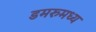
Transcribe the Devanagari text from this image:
डमरुमध्य